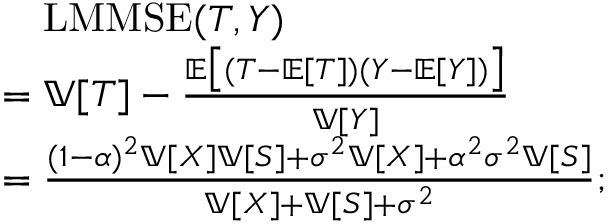
\begin{array} { r l } & { \quad \mathrm { L M M S E } ( T , Y ) } \\ & { = \mathbb { V } [ T ] - \frac { \mathbb { E } \bigl [ ( T - \mathbb { E } [ T ] ) ( Y - \mathbb { E } [ Y ] ) \bigr ] } { \mathbb { V } [ Y ] } } \\ & { = \frac { ( 1 - \alpha ) ^ { 2 } \mathbb { V } [ X ] \mathbb { V } [ S ] + \sigma ^ { 2 } \mathbb { V } [ X ] + \alpha ^ { 2 } \sigma ^ { 2 } \mathbb { V } [ S ] } { \mathbb { V } [ X ] + \mathbb { V } [ S ] + \sigma ^ { 2 } } ; } \end{array}